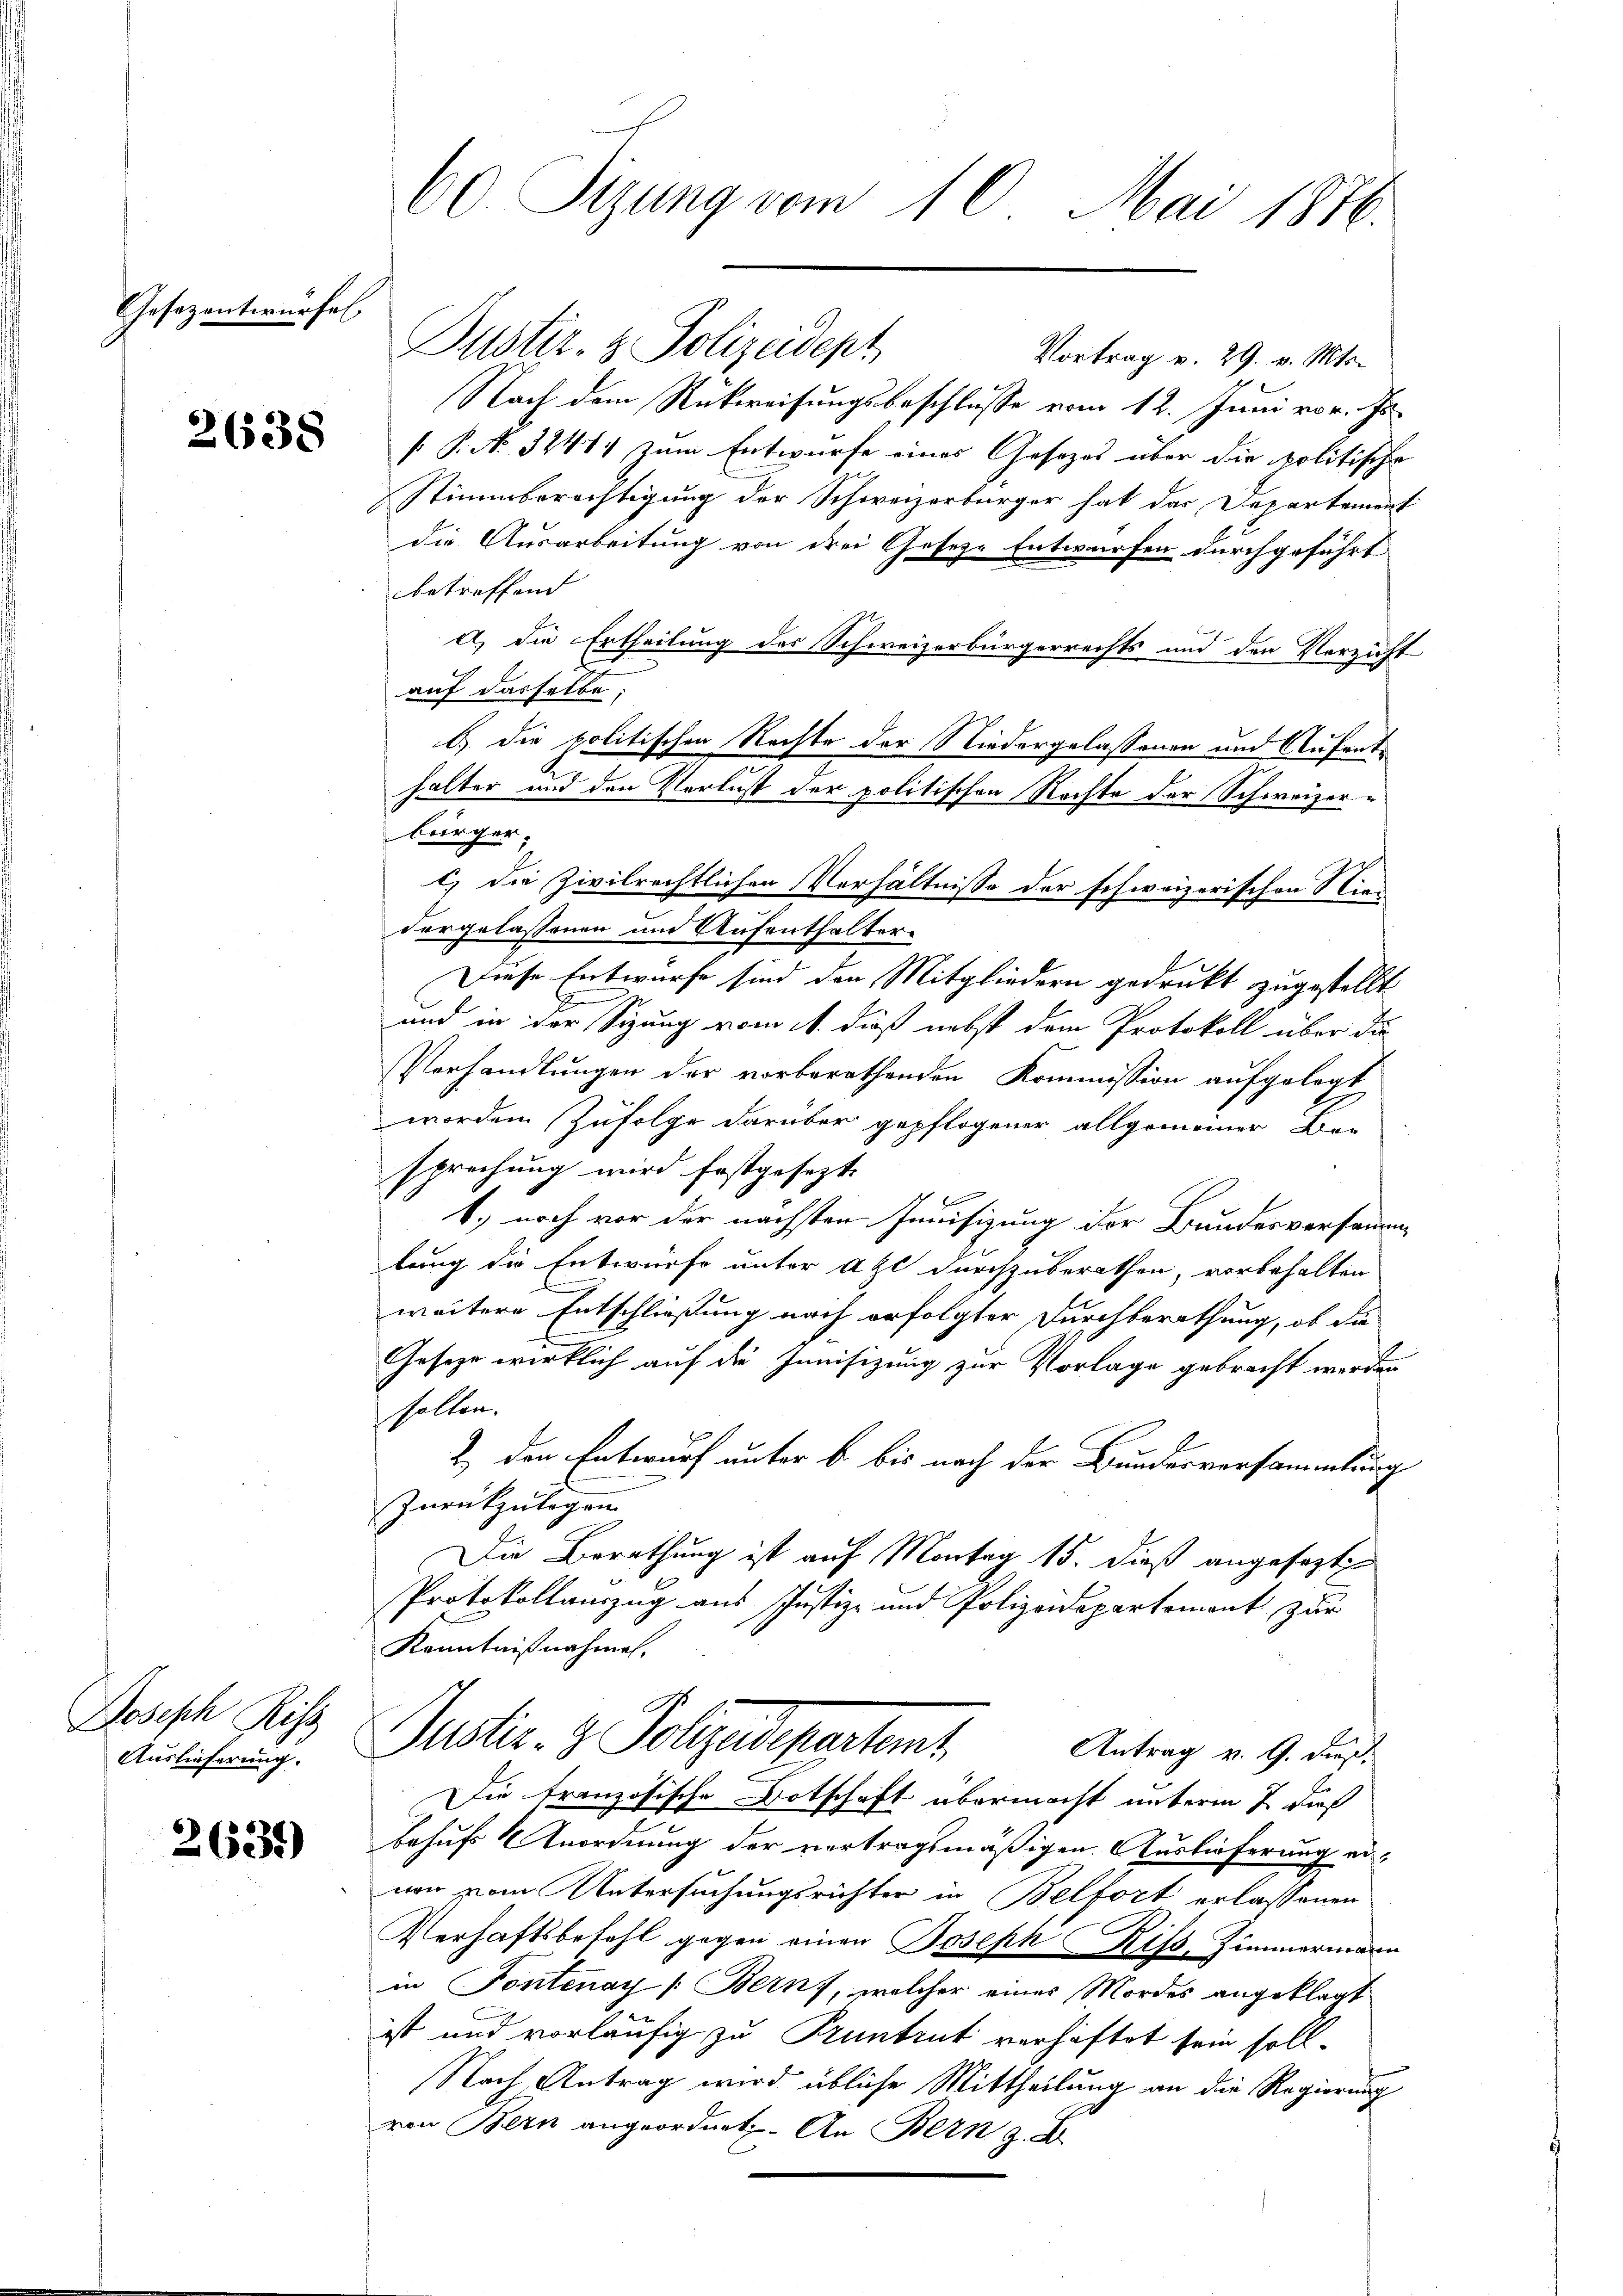
Gesezentwurfe

2638

Joseph Riss
Auslieferung.

2639)

60 Sizung vom 10. Mai 1886.

Justiz- & Polizeidept
Vortrag v. 29. v. Mts.
Nach dem Rückweisungsbeschlusse vom 12. Juni vor. Js.
[: P. Nr. 32484 zum Entwurfe eines Gesetzes über die politische
Stimmberechtigung der Schweizerbürger hat das Departement
die Ausarbeitung von drei Gesetze Entwürfen durchgeführt
betreffend |
a) die Ertheilung des Schweizerbürgerrechts und den Verzicht
auf dasselbe:
b.) die politischen Rechte der Niedergelassenen und Aufenthalter und den Verlust der politischen Rechte der Schweizerbürger.
c) die Zivilrechtlichen Verhältnisse der schweizerischen Niedergelassenen und Aufenthalter¬
Diese Entwurfe sind den Mitgliedern gedrukt zugestellt
und in der Sitzung vom 11. dieß nebst dem Protokoll über da
Verhandlungen der vorberathenden Kommission aufgelegt
worden Zufolge darüber gepflogener allgemeiner Be-
sprechung wird festgesezt.

1.) noch vor der nächsten Junisizung der Bundesversammenlung die Entwurfe unter Atl durchzuberathen, vorbehalten
weitere Entschließung nach erfolgter Durchberathung, ob die
Geseze wirklich auf die Junisizung zur Vorlage gebracht werden
sollen.
2.) Den Entwurf unter b. bis nach der Bundesversammlung
Zurückzulegen
Die Berathung ist auf Montag 15. dieß angesagte
Protokollauszug aus Justiz- und Polizeidepartement zur
Kenntnißnahmen.
Justiz- & Polgendepartent
Antrag v. 9. dieß
Die französische Botschaft übermacht unterm 7 dieß
behufs Anordnung der vertragsmäßigen Auslieferung er-
ner vom Untersuchungsrichter in Belfort erlassenen
Verhaftsbefehl gegen einen Joseph Riss, Zimmermann
in Pontenay (Bern, welcher eines Mordes angeklagt
d
ist und vorläufig zu Pruntrut verhaftet sein soll.
Nach Antrag wird übliche Mittheilung an die Regierung
von Bern angeordnet. An Bern z. B.